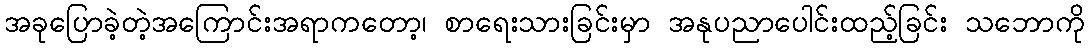
အခုပြောခဲ့တဲ့အကြောင်းအရာကတော့၊ စာရေးသားခြင်းမှာ အနုပညာပေါင်းထည့်ခြင်း သဘောကို